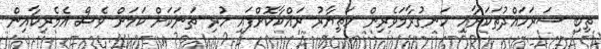
ތިބި ސަރަހައްދުތަކަށާއި ހަނގުރާމަވެރިން ހަތިޔާރު ރައްކާކޮށްފައި ހުރި ތަނަކަށް ކަމަށް ވެސް އެމެރިކާއިން